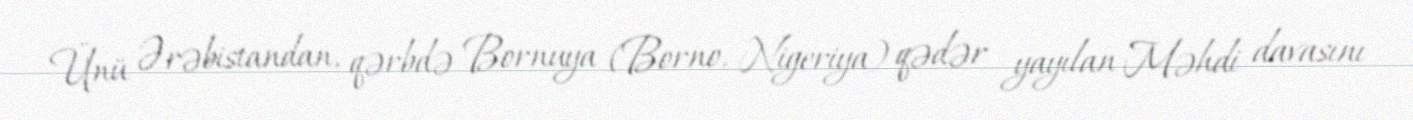
Ünü Ərəbistandan, qərbdə Bornuya (Borno, Nigeriya) qədər yayılan Məhdi davasını